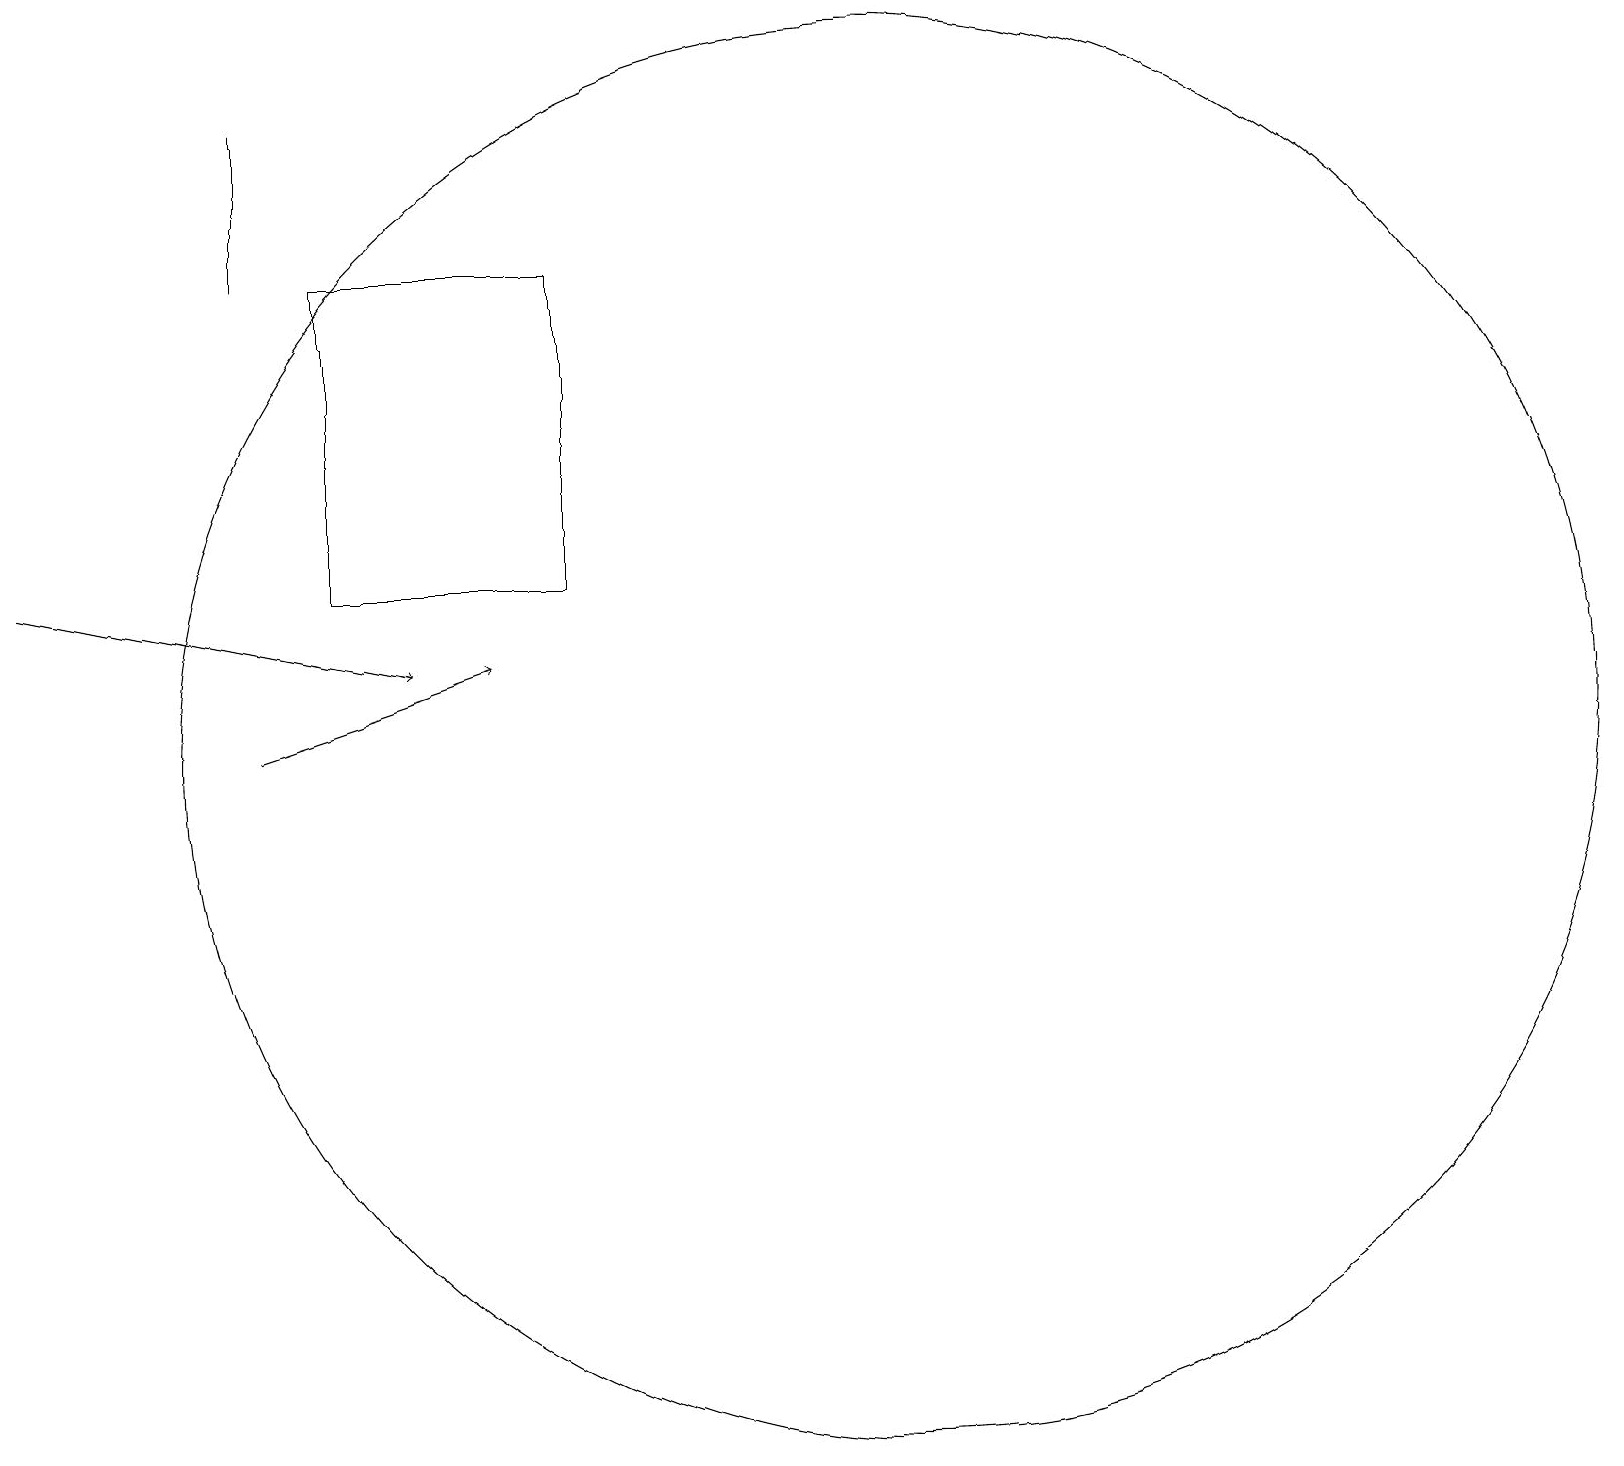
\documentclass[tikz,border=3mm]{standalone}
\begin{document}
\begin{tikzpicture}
\draw[->] (0,13) -- (5,12);
\draw[->] (3,11) -- (6,12);
\draw (11,11) circle (9);
\draw (4,17) rectangle (7,13);
\draw (3,17) rectangle (3,19);
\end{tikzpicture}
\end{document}